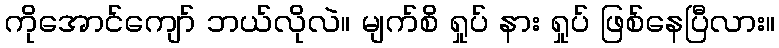
ကိုအောင်ကျော် ဘယ်လိုလဲ။ မျက်စိ ရှုပ် နား ရှုပ် ဖြစ်နေပြီလား။